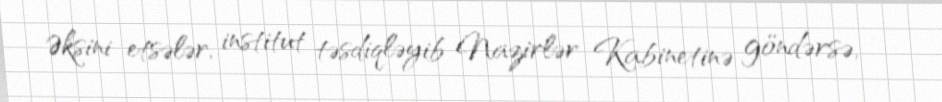
Əksini etsələr, institut təsdiqləyib Nazirlər Kabinetinə göndərsə, -